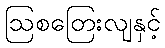
ဩစတြေးလျနှင့်